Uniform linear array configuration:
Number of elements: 24
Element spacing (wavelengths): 0.5
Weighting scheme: kaiser
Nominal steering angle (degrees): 0
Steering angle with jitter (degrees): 0.5125
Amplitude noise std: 0.05
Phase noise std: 0.05

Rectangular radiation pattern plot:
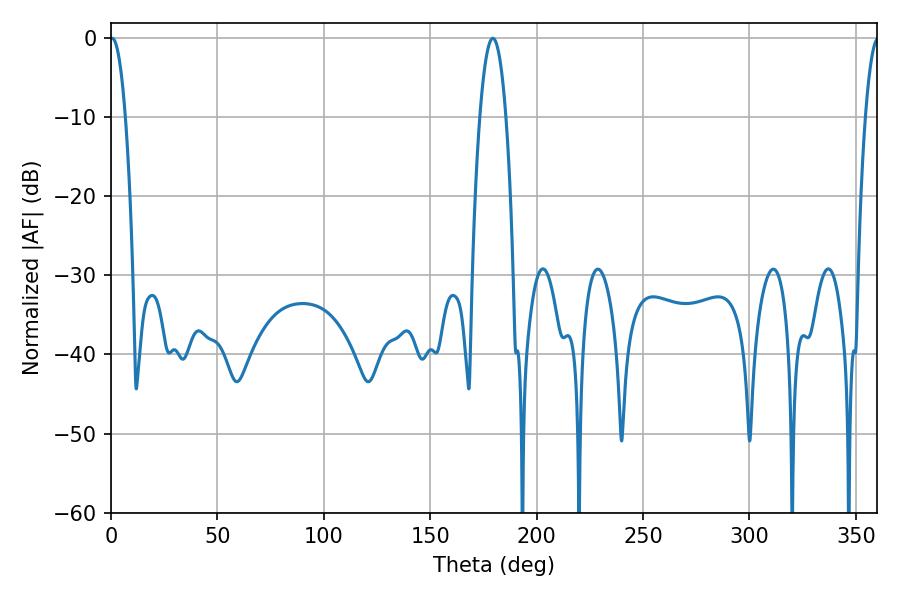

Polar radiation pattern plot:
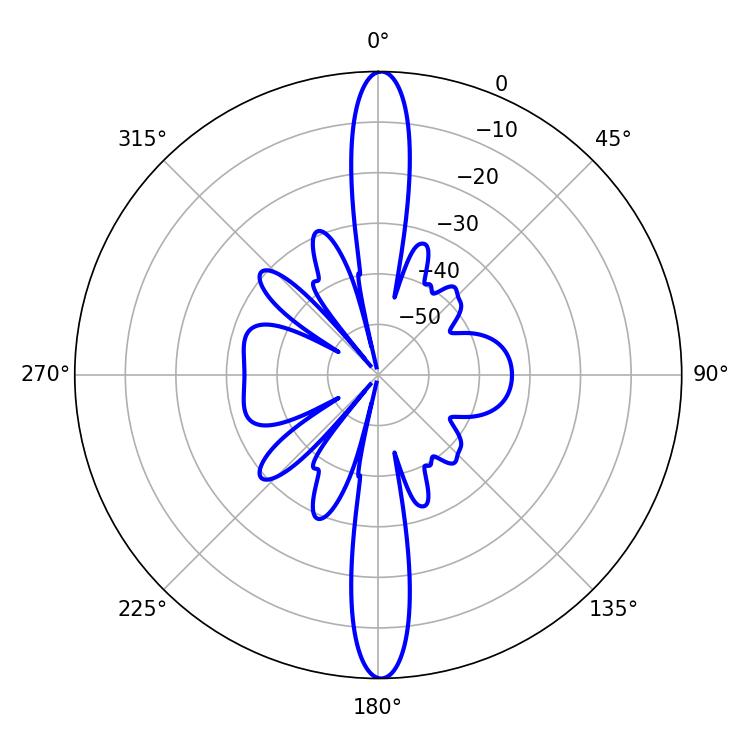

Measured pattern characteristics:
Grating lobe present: FALSE
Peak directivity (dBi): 29.699
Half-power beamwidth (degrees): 3.96
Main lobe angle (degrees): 0.54